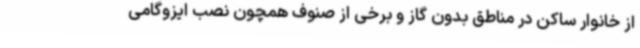
از خانوار ساکن در مناطق بدون گاز و برخی از صنوف همچون نصب ایزوگامی